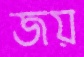
জয়